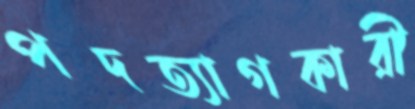
পদত্যাগকারী